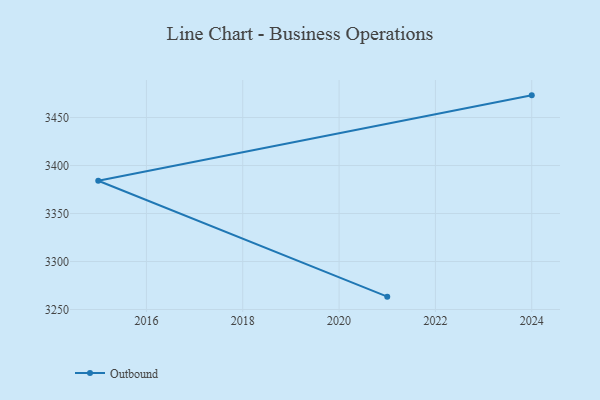
{"axis": {"x": "Year", "y": "Satisfaction Score"}, "legend": ["Outbound"], "data": [{"x": "2024", "y": 3473.1, "type": "Outbound"}, {"x": "2015", "y": 3384.1, "type": "Outbound"}, {"x": "2021", "y": 3263.4, "type": "Outbound"}]}